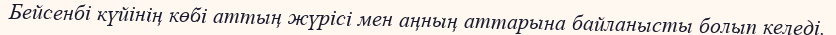
Бейсенбі күйінің көбі аттың жүрісі мен аңның аттарына байланысты болып келеді.